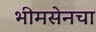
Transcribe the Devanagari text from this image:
भीमसेनचा